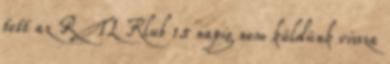
tett az RTL Klub 15 napig nem küldünk vissza